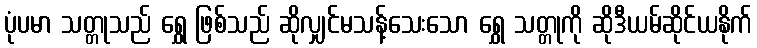
ပုံပမာ သတ္တုသည် ရွှေ ဖြစ်သည် ဆိုလျှင်မသန့်သေးသော ရွှေ သတ္တုကို ဆိုဒီယမ်ဆိုင်ယနိုက်